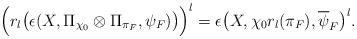
LaTeX: \begin{align*}\Big(r_l\big(\epsilon(X, \Pi_{\chi_0} \otimes \Pi_{\pi_F}, \psi_F)\big)\Big)^l = \epsilon\big(X,\chi_0r_l(\pi_F), \overline{\psi}_F\big)^l. \end{align*}